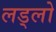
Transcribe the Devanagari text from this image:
लड्लो